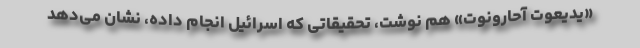
«یدیعوت آحارونوت» هم نوشت، تحقیقاتی که اسرائیل انجام داده، نشان می‌دهد